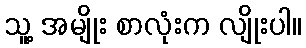
သူ့ အမျိုး စာလုံးက လျိုးပါ။